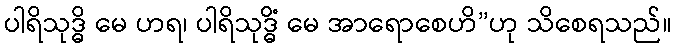
ပါရိသုဒ္ဓိ မေ ဟရ၊ ပါရိသုဒ္ဓိံ မေ အာရောစေဟိ”ဟု သိစေရသည်။